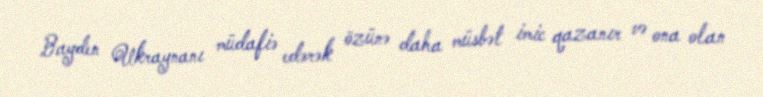
Bayden Ukraynanı müdafiə edərək özünə daha müsbət imic qazanır və ona olan